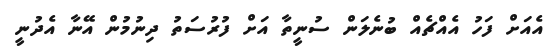
އެއަށް ފަހު އެއްޗެއް ބުނެލަން ސުނީތާ އަށް ފުރުސަތު ދިނުމުން އޭނާ އެދުނީ